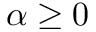
\alpha \geq 0